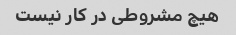
هیچ مشروطی در کار نیست